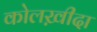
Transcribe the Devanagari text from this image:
कोलख़ीदा